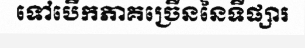
ទៅបើកភាគច្រើននៃទីផ្សារ